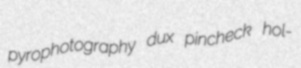
pyrophotography dux pincheck hol-